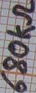
Text: 680KΩ